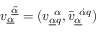
v _ { \underline { { { \alpha } } } } ^ { ~ \underline { { { \tilde { \alpha } } } } } = ( v _ { \underline { { { \alpha } } } q } ^ { ~ \alpha } , \bar { v } _ { \underline { { { \alpha } } } } ^ { ~ \dot { \alpha } q } )